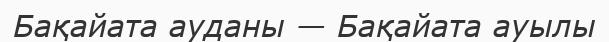
Бақайата ауданы — Бақайата ауылы